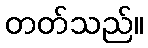
တတ်သည်။